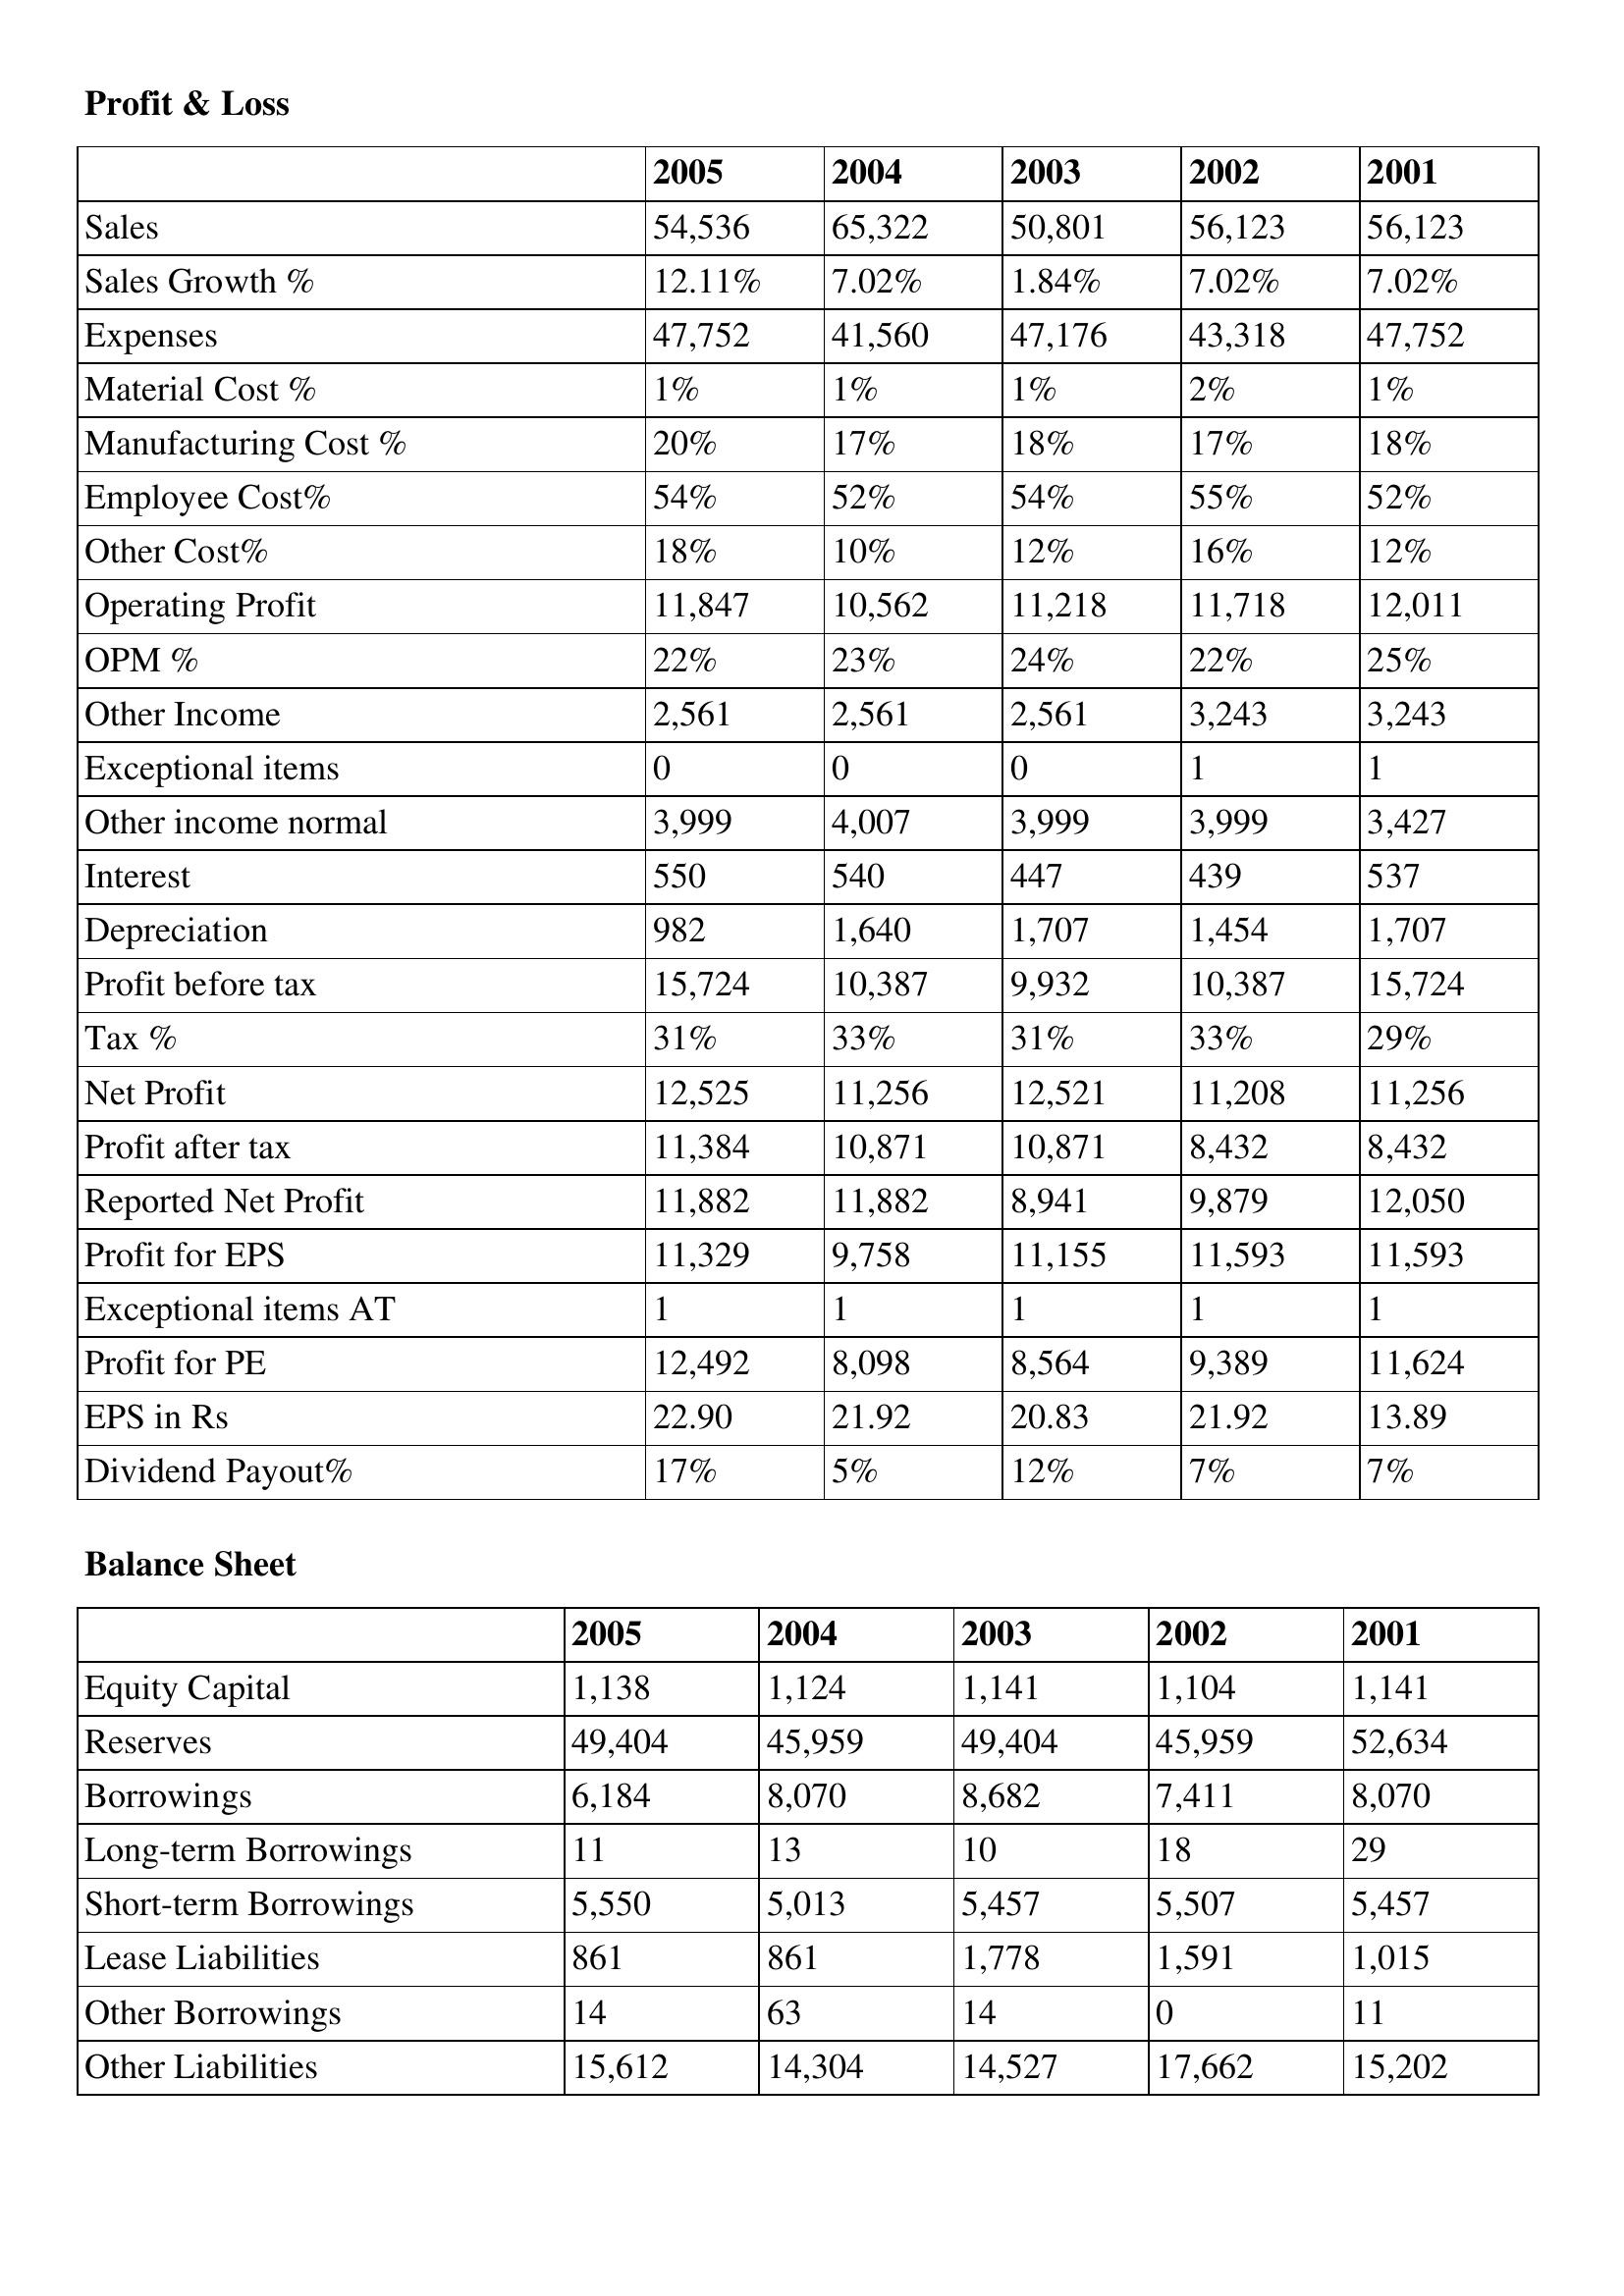
gt_parse: 2005: Profit & Loss: Sales: 54,536
Sales Growth %: 12.11%
Expenses: 47,752
Material Cost %: 1%
Manufacturing Cost %: 20%
Employee Cost%: 54%
Other Cost%: 18%
Operating Profit: 11,847
OPM %: 22%
Other Income: 2,561
Exceptional items: 0
Other income normal: 3,999
Interest: 550
Depreciation: 982
Profit before tax: 15,724
Tax %: 31%
Net Profit: 12,525
Profit after tax: 11,384
Reported Net Profit: 11,882
Profit for EPS: 11,329
Exceptional items AT: 1
Profit for PE: 12,492
EPS in Rs: 22.90
Dividend Payout%: 17%
Balance Sheet: Equity Capital: 1,138
Reserves: 49,404
Borrowings: 6,184
Long-term Borrowings: 11
Short-term Borrowings: 5,550
Lease Liabilities: 861
Other Borrowings: 14
Other Liabilities: 15,612
2004: Profit & Loss: Sales: 65,322
Sales Growth %: 7.02%
Expenses: 41,560
Material Cost %: 1%
Manufacturing Cost %: 17%
Employee Cost%: 52%
Other Cost%: 10%
Operating Profit: 10,562
OPM %: 23%
Other Income: 2,561
Exceptional items: 0
Other income normal: 4,007
Interest: 540
Depreciation: 1,640
Profit before tax: 10,387
Tax %: 33%
Net Profit: 11,256
Profit after tax: 10,871
Reported Net Profit: 11,882
Profit for EPS: 9,758
Exceptional items AT: 1
Profit for PE: 8,098
EPS in Rs: 21.92
Dividend Payout%: 5%
Balance Sheet: Equity Capital: 1,124
Reserves: 45,959
Borrowings: 8,070
Long-term Borrowings: 13
Short-term Borrowings: 5,013
Lease Liabilities: 861
Other Borrowings: 63
Other Liabilities: 14,304
2003: Profit & Loss: Sales: 50,801
Sales Growth %: 1.84%
Expenses: 47,176
Material Cost %: 1%
Manufacturing Cost %: 18%
Employee Cost%: 54%
Other Cost%: 12%
Operating Profit: 11,218
OPM %: 24%
Other Income: 2,561
Exceptional items: 0
Other income normal: 3,999
Interest: 447
Depreciation: 1,707
Profit before tax: 9,932
Tax %: 31%
Net Profit: 12,521
Profit after tax: 10,871
Reported Net Profit: 8,941
Profit for EPS: 11,155
Exceptional items AT: 1
Profit for PE: 8,564
EPS in Rs: 20.83
Dividend Payout%: 12%
Balance Sheet: Equity Capital: 1,141
Reserves: 49,404
Borrowings: 8,682
Long-term Borrowings: 10
Short-term Borrowings: 5,457
Lease Liabilities: 1,778
Other Borrowings: 14
Other Liabilities: 14,527
2002: Profit & Loss: Sales: 56,123
Sales Growth %: 7.02%
Expenses: 43,318
Material Cost %: 2%
Manufacturing Cost %: 17%
Employee Cost%: 55%
Other Cost%: 16%
Operating Profit: 11,718
OPM %: 22%
Other Income: 3,243
Exceptional items: 1
Other income normal: 3,999
Interest: 439
Depreciation: 1,454
Profit before tax: 10,387
Tax %: 33%
Net Profit: 11,208
Profit after tax: 8,432
Reported Net Profit: 9,879
Profit for EPS: 11,593
Exceptional items AT: 1
Profit for PE: 9,389
EPS in Rs: 21.92
Dividend Payout%: 7%
Balance Sheet: Equity Capital: 1,104
Reserves: 45,959
Borrowings: 7,411
Long-term Borrowings: 18
Short-term Borrowings: 5,507
Lease Liabilities: 1,591
Other Borrowings: 0
Other Liabilities: 17,662
2001: Profit & Loss: Sales: 56,123
Sales Growth %: 7.02%
Expenses: 47,752
Material Cost %: 1%
Manufacturing Cost %: 18%
Employee Cost%: 52%
Other Cost%: 12%
Operating Profit: 12,011
OPM %: 25%
Other Income: 3,243
Exceptional items: 1
Other income normal: 3,427
Interest: 537
Depreciation: 1,707
Profit before tax: 15,724
Tax %: 29%
Net Profit: 11,256
Profit after tax: 8,432
Reported Net Profit: 12,050
Profit for EPS: 11,593
Exceptional items AT: 1
Profit for PE: 11,624
EPS in Rs: 13.89
Dividend Payout%: 7%
Balance Sheet: Equity Capital: 1,141
Reserves: 52,634
Borrowings: 8,070
Long-term Borrowings: 29
Short-term Borrowings: 5,457
Lease Liabilities: 1,015
Other Borrowings: 11
Other Liabilities: 15,202